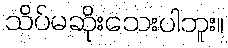
သိပ်မဆိုးသေးပါဘူး။